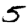
Digit: 5